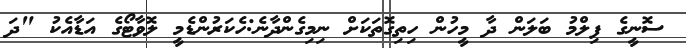
ސޮނީގެ ފިލްމު ބަލަން ދާ މީހުން ހިތިގޮތަކަށް ނިމިގެންދާނެ:ހެކަރުންޑެމީ ލޮވާޓޯގެ އަޑާއެކު "ދަ